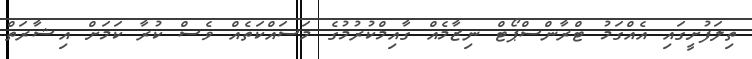
ތިލަފުށީގައި އެއްގަމު ޓްރާންސްޕޯޓް ނިޒާމެއް ގާއިމްކުރުމުގެ މަސައްކަތެއް ވެސް ކުރާ ކަމަށް އިޝާރަތް